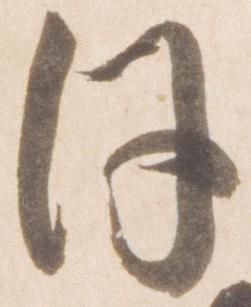
日